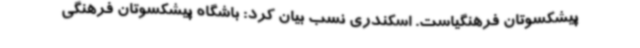
پیشکسوتان فرهنگیاست. اسکندری نسب بیان کرد: باشگاه پیشکسوتان فرهنگی